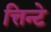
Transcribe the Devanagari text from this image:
त्तिन्टे